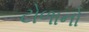
ટોળાનો